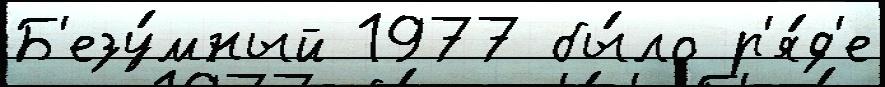
Б'езу́мный 1977 бы́ло р'я́д'е